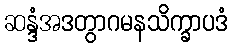
ဆန္ဒံအဒတွာဂမနသိက္ခာပဒံ